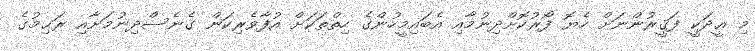
މި ޢީދަކީ ފަޤީރުންނަށް ހެޔޮ ފޯރުކޮށްދިނުމާއި އެބައިމީހުންގެ ހިތްތަކަށް އުފާވެރިކަން ގެނެސްދިނުމަށާއި ރަޙިމުގެ